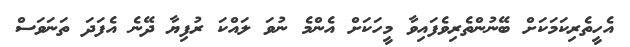
އެހީތެރިކަމަކަށް ބޭނުންތެރިވެފައިވާ މީހަކަށް އެންމެ ނުވަ ލައްކަ ރުފިޔާ ދޭނެ އެފަދަ ތަނަވަސް